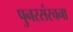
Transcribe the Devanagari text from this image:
पुनरसंरचना